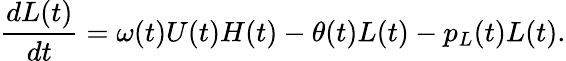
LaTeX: \frac{dL(t)}{dt}=\omega(t)U(t)H(t)-\theta(t)L(t)-p_{L}(t)L(t).